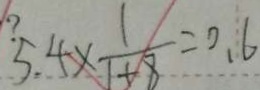
? 5 . 4 \times \frac { 1 } { 1 + 8 } = 0 . 6